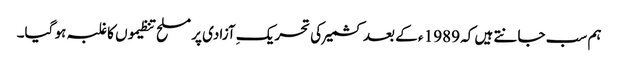
ہم سب جانتے ہیں کہ 1989 ء کے بعد کشمیر کی تحریکِ آزادی پر مسلح تنظیموں کا غلبہ ہو گیا۔